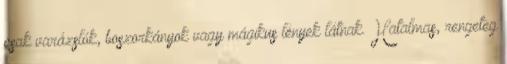
csak varázslók, boszorkányok vagy mágikus lények látnak. Hatalmas, rengeteg